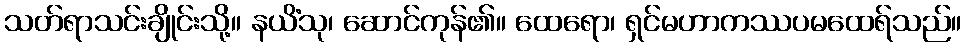
သတ်ရာသင်းချိုင်းသို့။ နယိံသု၊ ဆောင်ကုန်၏။ ထေရော၊ ရှင်မဟာကဿပမထေရ်သည်။